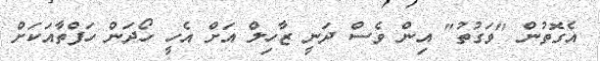
އެގޮތުން "ވަގުތު" އިން ވެސް ދަނީ ޒާހިލް އަށް އެހީ ހޯދަން ހަފްތާއަކަށް